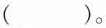
()。